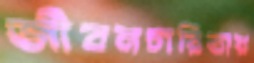
জীবনচারিতায়